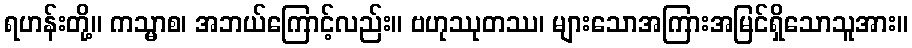
ရဟန်းတို့။ ကသ္မာစ၊ အဘယ်ကြောင့်လည်း။ ဗဟုဿုတဿ၊ များသောအကြားအမြင်ရှိသောသူအား။